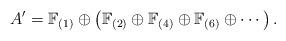
LaTeX: \begin{align*}A' = \mathbb{F}_{(1)} \oplus \left(\mathbb{F}_{(2)} \oplus \mathbb{F}_{(4)} \oplus \mathbb{F}_{(6)} \oplus \cdots\right).\end{align*}